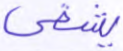
يشقى